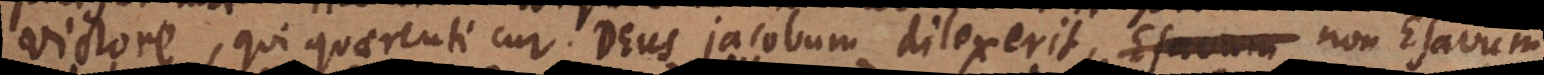
Victore, qui quaerenti cur Deus Jacobum dilexerit, Esavum